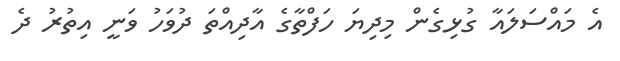
އެ މައްސަލައާ ގުޅިގެން މިދިޔަ ހަފްތާގެ އާދިއްތަ ދުވަހު ވަނީ އިތުރު ދެ